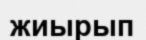
жиырып